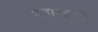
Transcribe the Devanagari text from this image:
वेदान्तश्री